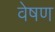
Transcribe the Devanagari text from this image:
वेषण